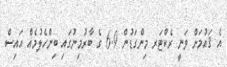
އެ ޤައުމަށް ވަނީ ރެކްޓަރ މިންގަޑުން 6.9 ގެ ބާރުމިނުގައި ބިންހެލުމެއް އައިސް